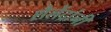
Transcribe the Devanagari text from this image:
शैलेंद्रांनी